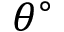
\theta ^ { \circ }